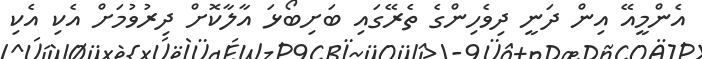
އެންމީއޭ އިން ދަނީ ދިވެހިންގެ ތެރޭގައި ބަށިބޯޅަ އާލާކޮށް ދިރުވުމަށް އެކި އެކި